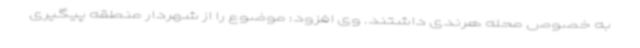
به خصوص محله هرندی داشتند. وی افزود: موضوع را از شهردار منطقه پیگیری